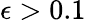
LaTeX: \epsilon>0.1